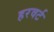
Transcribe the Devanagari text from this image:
हरवर्ट